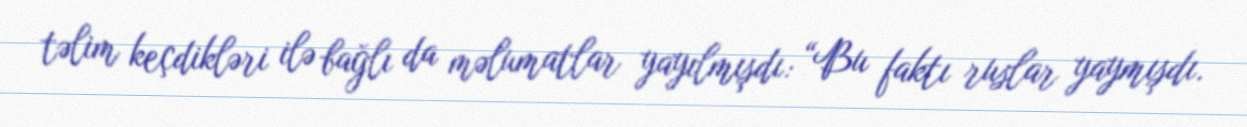
təlim keçdikləri ilə bağlı da məlumatlar yayılmışdı: “Bu faktı ruslar yaymışdı.